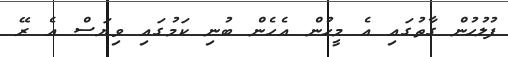
ފުލުހުން ގާތުގައި އެ މީހުން އެހެން ބުނި ކަމުގައި ވިޔަސް އެ ރޭ